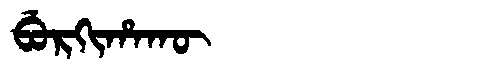
Manchu: ᠪᡠᡵᡴᡳᡥᠠᡴᡡ
Romanization: BURKIHAKŪ